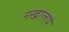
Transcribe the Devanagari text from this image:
नखालये